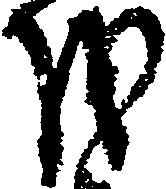
を